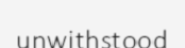
unwithstood